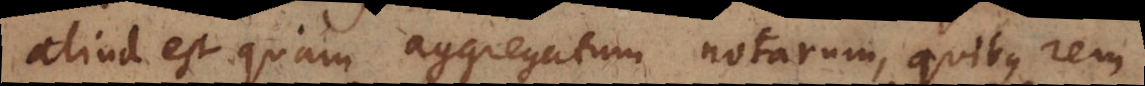
aliud est quam aggregatum notarum, quibus rem